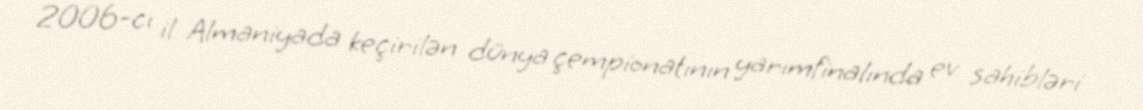
2006-cı il Almaniyada keçirilən dünya çempionatının yarımfinalında ev sahibləri